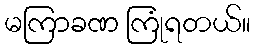
မကြာခဏ ကြုံရတယ်။